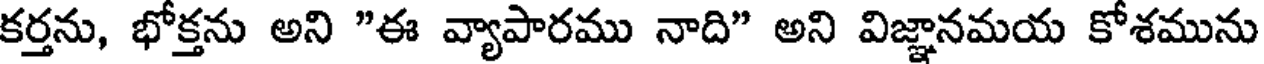
కర్తను, భోక్తను అని "ఈ వ్యాపారము నాది" అని విజ్ఞానమయ కోశమును